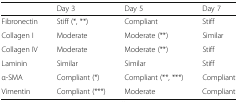
|  | Day 3 | Day 5 | Day 7 |
 | --- | --- | --- | --- |
 | Fibronectin | Stiff (*, **) | Compliant | Stiff |
 | Collagen I | Moderate | Moderate (**) | Similar |
 | Collagen IV | Moderate | Moderate (**) | Stiff |
 | Laminin | Similar | Similar | Stiff |
 | α-SMA | Compliant (*) | Compliant (**, ***) | Compliant |
 | Vimentin | Compliant (***) | Moderate | Compliant |